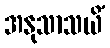
အနုသာသယိံ